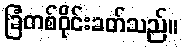
ခြံတစ်ဝိုင်းခတ်သည်။